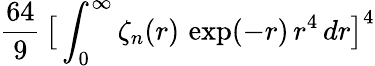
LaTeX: \frac{64}{9}\, \big[\int_{0}^{\infty}\zeta_{n}(r)\, \exp(-r)\, r^{4}\, dr\big]^{4}